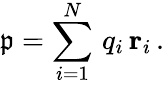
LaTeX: {\mathfrak{p}}=\sum_{i=1}^{N}\, q_{i}\, \mathbf{r}_{i}\, .